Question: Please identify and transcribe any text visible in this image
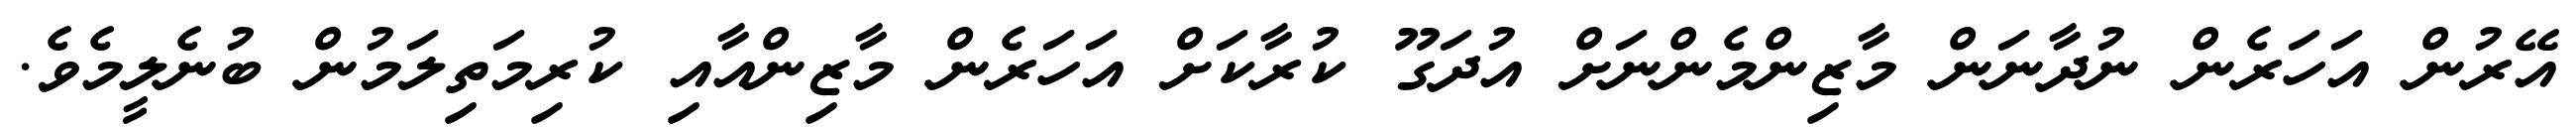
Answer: އޭރުން އަހަރެން ނުދާނަން މާޒިންމެންނަށް އުދަގޫ ކުރާކަށް އަހަރެން މާޒިންއާއި ކުރިމަތިލަމުން ބުނެލީމެވެ.